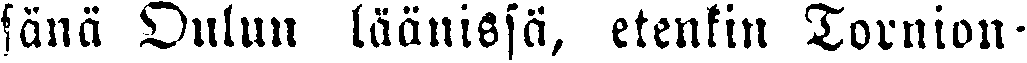
sana Oulun läänissä, etenkin Tornion-